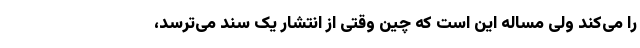
را می‌کند ولی مساله این است که چین وقتی از انتشار یک سند می‌ترسد،